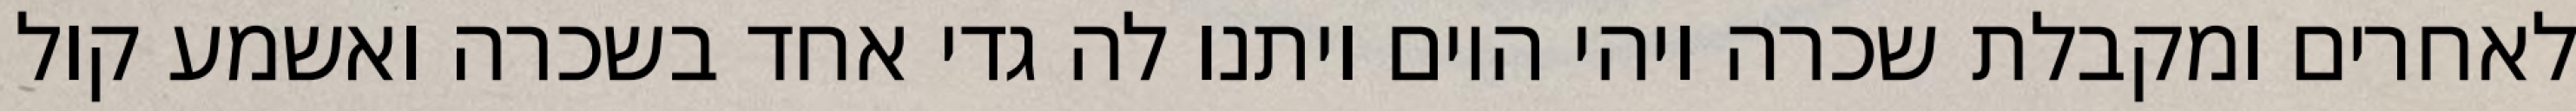
לאחרים ומקבלת שכרה ויהי היום ויתנו לה גדי אחד בשכרה ואשמע קול